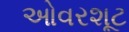
ઓવરશૂટ